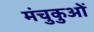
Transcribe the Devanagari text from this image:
मंचुकुओं